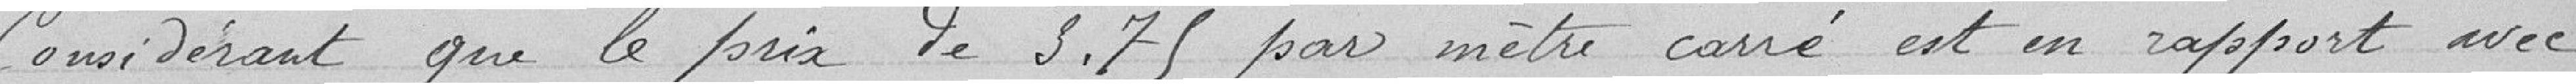
Considérant que le prix de 3.75 par mètre carré est en rapport avec